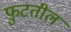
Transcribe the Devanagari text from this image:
फ़ुटतील